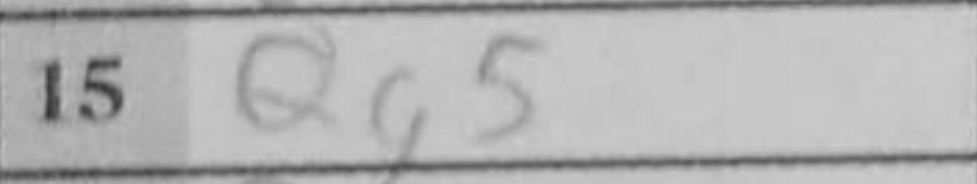
Transcription: Qg5